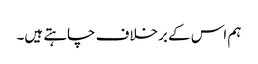
ہم اس کے برخلاف چاہتے ہیں۔